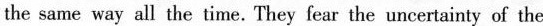
the same way all the time. They fear the uncertainty of the